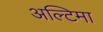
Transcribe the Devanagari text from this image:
अल्टिमा